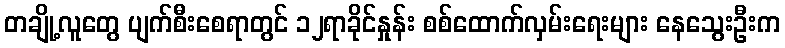
တချို့လူတွေ ပျက်စီးစေရာတွင် ၁၂ရာခိုင်နှုန်း စစ်ထောက်လှမ်းရေးများ နေသွေးဦးက